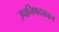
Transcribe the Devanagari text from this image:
उपनिषदकाल